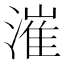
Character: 漼